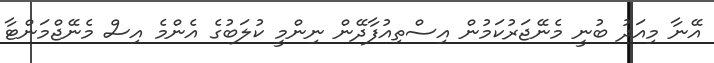
އޭނާ މިއަދު ބުނީ މެނޭޖަރުކަމުން އިސްތިއުފާދޭން ނިންމީ ކުލަބުގެ އެންމެ އިސް މެނޭޖްމަންޓާ